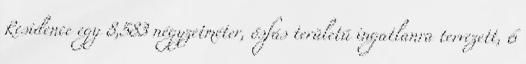
Residence egy 8,583 négyzetméter, ősfás területű ingatlanra tervezett, 6